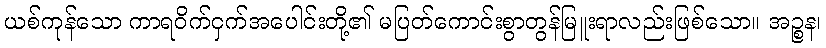
ယစ်ကုန်သော ကာရဝိက်ငှက်အပေါင်းတို့၏ မပြတ်ကောင်းစွာတွန်မြူးရာလည်းဖြစ်သော။ အဉ္စန၊